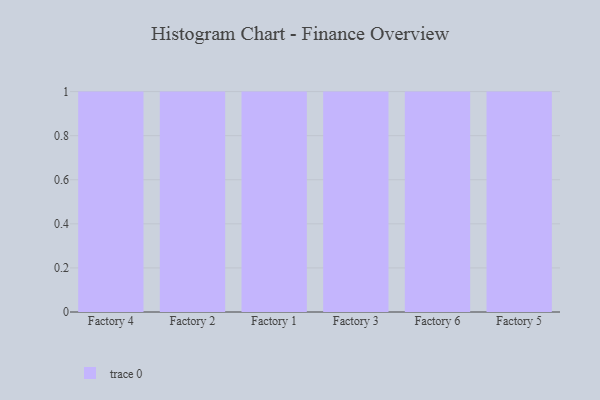
{"axis": {"x": "Factory", "y": "Churn Rate (%)"}, "legend": [""], "data": [{"x": "Factory 4", "y": 70, "type": ""}, {"x": "Factory 2", "y": 41, "type": ""}, {"x": "Factory 1", "y": 39, "type": ""}, {"x": "Factory 3", "y": 25, "type": ""}, {"x": "Factory 6", "y": 48, "type": ""}, {"x": "Factory 5", "y": 19, "type": ""}]}